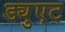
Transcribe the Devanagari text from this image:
ड्युएट